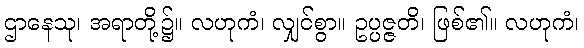
ဌာနေသု၊ အရာတို့၌။ လဟုကံ၊ လျှင်စွာ။ ဥပ္ပဇ္ဇတိ၊ ဖြစ်၏။ လဟုကံ၊